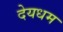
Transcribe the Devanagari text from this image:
देयधम